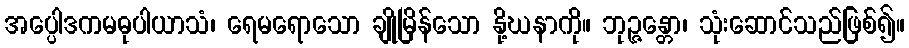
အပ္ပေါဒကမဓုပါယာသံ၊ ရေမရောသော ချိုမြိန်သော နို့ဃနာကို။ ဘုဉ္ဇန္တော၊ သုံးဆောင်သည်ဖြစ်၍။